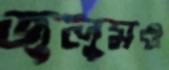
জুলুমও